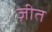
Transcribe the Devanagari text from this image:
ज़ीत